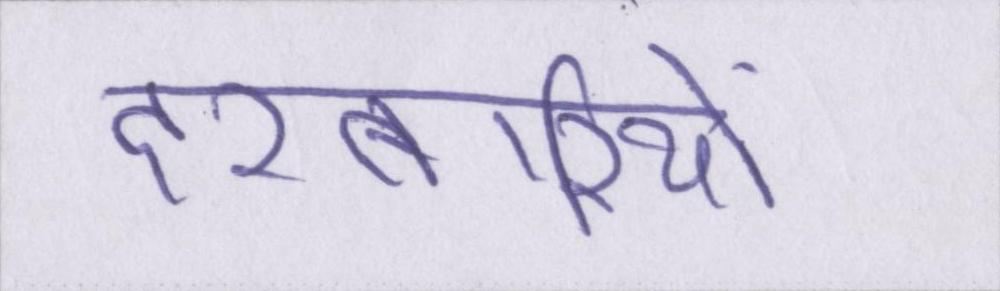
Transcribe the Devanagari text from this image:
दरबारियों